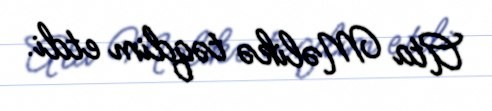
Ata Məlikə təqdim etdi.